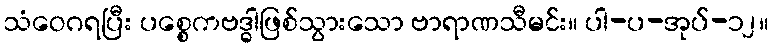
သံဝေဂရပြီး ပစ္စေကဗဒ္ဓါဖြစ်သွားသော ဗာရာဏသီမင်း။ ပါ-ပ-အုပ်-၁၂။